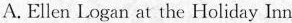
A. Ellen Logan at the Holiday lnn